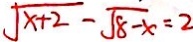
\sqrt { x + 2 } - \sqrt { 8 - x } = 2